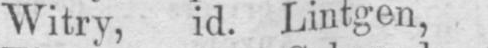
Witry, id. Lintgen,